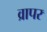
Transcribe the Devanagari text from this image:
व्रापर